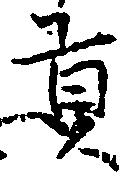
貢